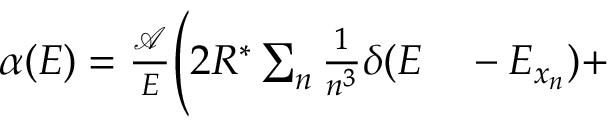
\begin{array} { r l } { \alpha ( E ) = \frac { \mathcal { A } } { E } \Bigg ( 2 R ^ { * } \sum _ { n } \frac { 1 } { n ^ { 3 } } \delta ( E } & { { } - E _ { x _ { n } } ) + } \end{array}